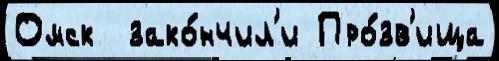
Омск  зако́нчил'и Про́зв'ища